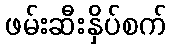
ဖမ်းဆီးနှိပ်စက်